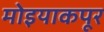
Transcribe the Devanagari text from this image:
मोइयाकपूर